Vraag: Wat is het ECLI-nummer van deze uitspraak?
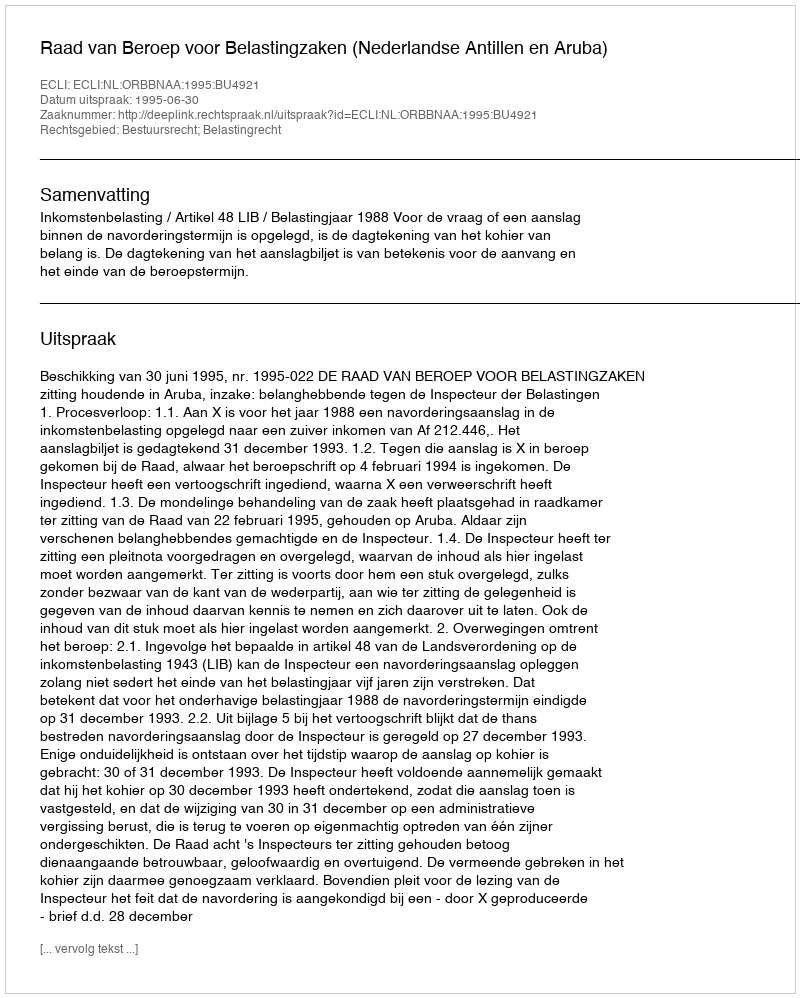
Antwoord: ECLI:NL:ORBBNAA:1995:BU4921